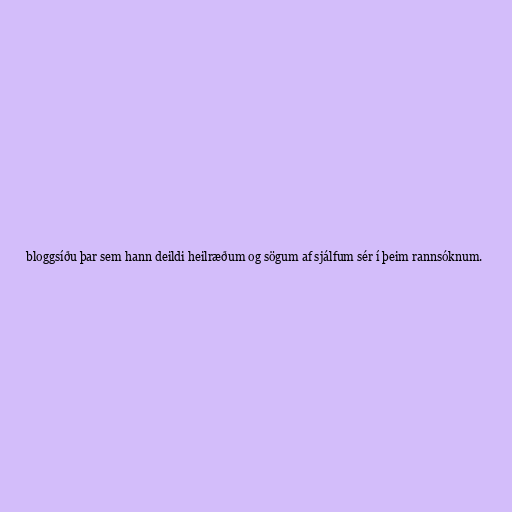
bloggsíðu þar sem hann deildi heilræðum og sögum af sjálfum sér í þeim rannsóknum.